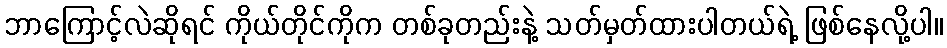
ဘာကြောင့်လဲဆိုရင် ကိုယ်တိုင်ကိုက တစ်ခုတည်းနဲ့ သတ်မှတ်ထားပါတယ်ရဲ့ ဖြစ်နေလို့ပါ။